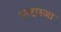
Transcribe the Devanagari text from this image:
नस्टास्जा